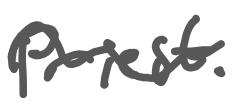
Text: priest.
Cross-out: wave
Writing tool: digital_gray